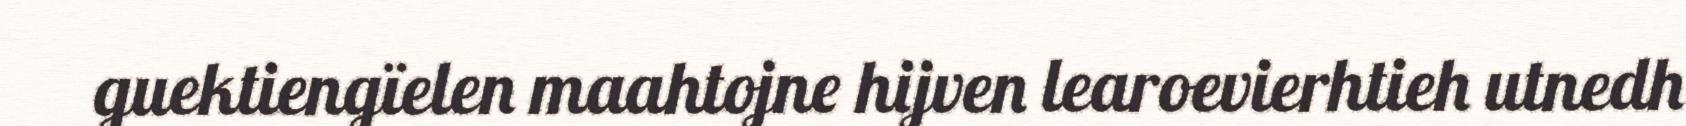
guektiengïelen maahtojne hijven learoevierhtieh utnedh